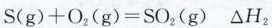
$$S ( g ) + O _ { 2 } ( g ) = S O _ { 2 } △ H _ { 2 }$$